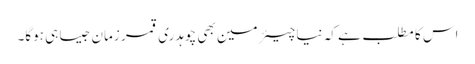
اس کا مطلب ہے کہ نیا چیئرمین بھی چوہدری قمر زمان جیسا ہی ہوگا۔